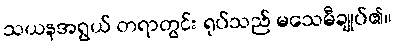
သယနအရွယ် တရာတွင်း ရုပ်သည် မသေမီချုပ်၏။